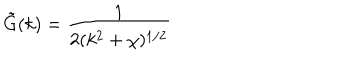
LaTeX: \tilde { G } ( k ) = { \frac { 1 } { 2 ( k ^ { 2 } + \chi ) ^ { 1 / 2 } } }